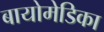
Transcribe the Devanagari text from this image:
बायोमेडिका